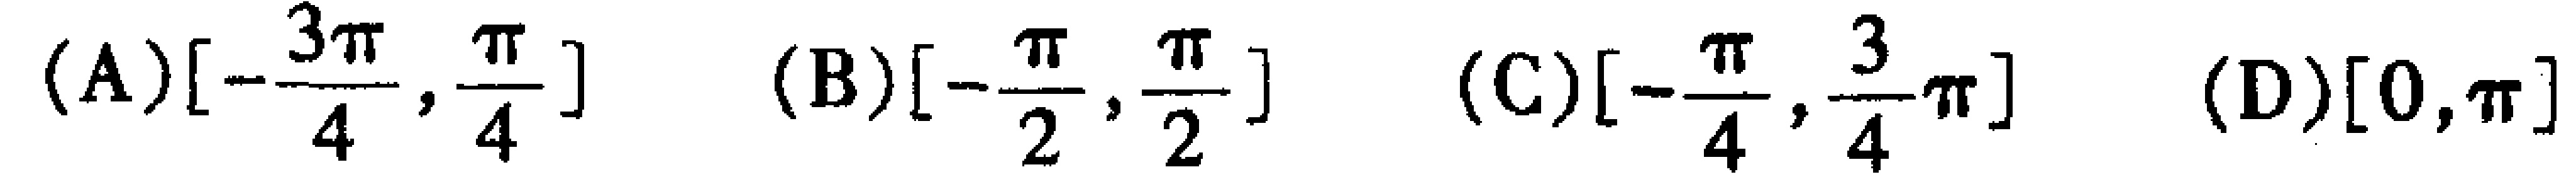
(A)$\left[-\frac{3\pi}{4},\frac{\pi}{4}\right]$  (B)$\left[-\frac{\pi}{2},\frac{\pi}{2}\right]$  (C)$\left[-\frac{\pi}{4},\frac{3}{4}\pi\right]$  (D)$[0,\pi]$